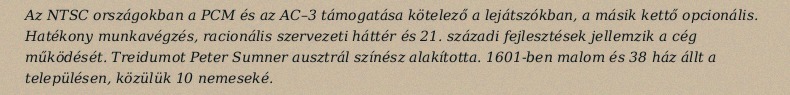
Az NTSC országokban a PCM és az AC–3 támogatása kötelező a lejátszókban, a másik kettő opcionális. Hatékony munkavégzés, racionális szervezeti háttér és 21. századi fejlesztések jellemzik a cég működését. Treidumot Peter Sumner ausztrál színész alakította. 1601-ben malom és 38 ház állt a településen, közülük 10 nemeseké.